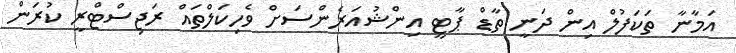
އަމާނާ ތަކަފުލް އިން ދަނީ ތާޑް ޕާޓީ އިންޝުއަރެންސަށް ވެހިކަލްތައް ރަޖިސްޓްރީ ކުރަން